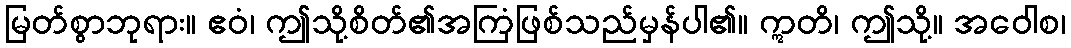
မြတ်စွာဘုရား။ ဧဝံ၊ ဤသို့စိတ်၏အကြံဖြစ်သည်မှန်ပါ၏။ ဣတိ၊ ဤသို့။ အဝေါစ၊